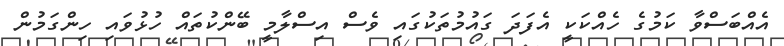
އެއްބަސްވާ ކަމުގެ ހެއްކަކީ އެފަދަ ގައުމުތަކުގައި ވެސް އިސްލާމީ ބޭންކުތައް ހުޅުވައި ހިންގަމުން